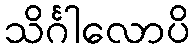
သိင်္ဂါလောပိ